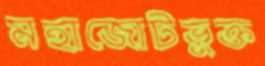
মহাজোটভুক্ত